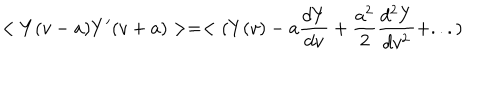
LaTeX: < Y ( v - a ) Y ^ { \prime } ( v + a ) > = < ( Y ( v ) - a { \frac { d Y } { d v } } + { \frac { a ^ { 2 } } { 2 } } { \frac { d ^ { 2 } Y } { d v ^ { 2 } } } + . . . )